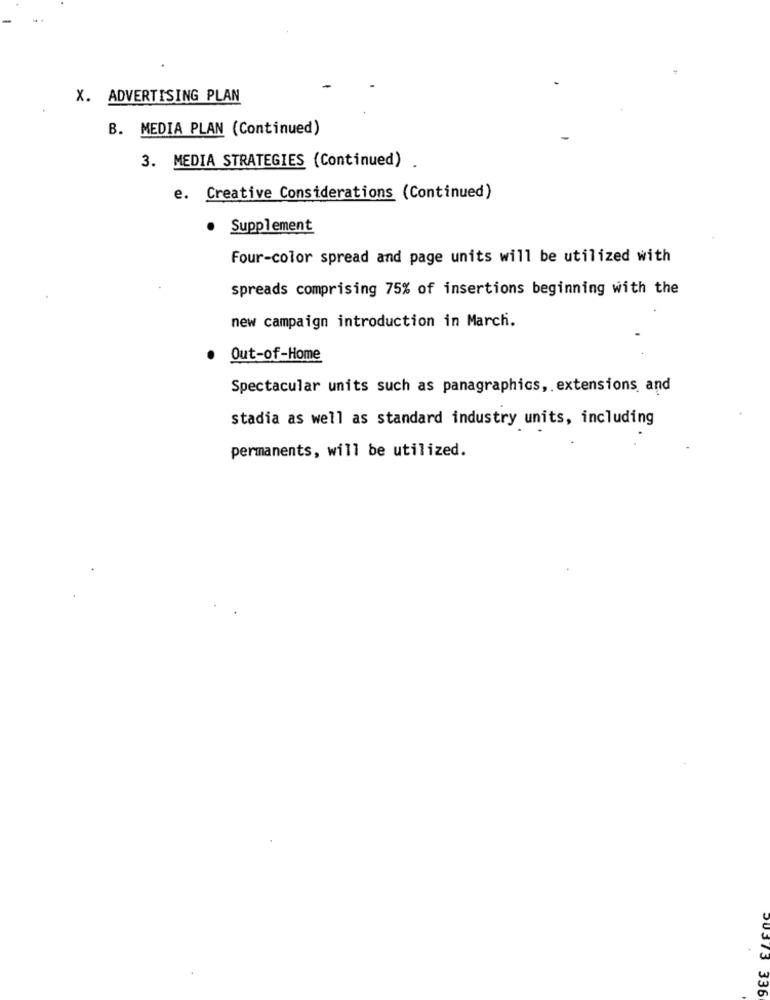
X. ADVERTISING PLAN
B. MEDIA PLAN (Continued)
3. MEDIA STRATEGIES (Continued)
e. Creative Considerations (Continued)
Supplement
Four-color spread and page units will be utilized with
spreads comprising 75% of insertions beginning with the
new campaign introduction in March.
Out-of-Home
Spectacular units such as panagraphics, extensions and
stadia as well as standard industry units, including
permanents, will be utilized.